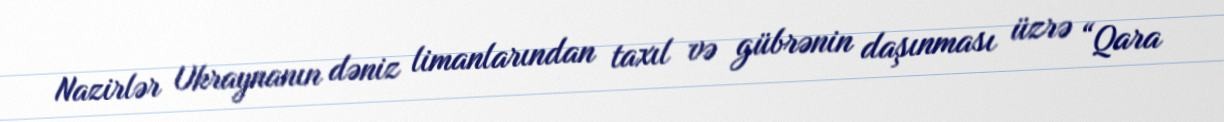
Nazirlər Ukraynanın dəniz limanlarından taxıl və gübrənin daşınması üzrə “Qara